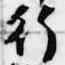
行